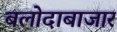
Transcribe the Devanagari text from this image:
बलोदाबाजार